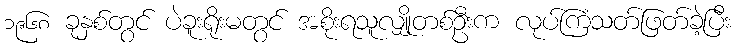
၁၉၆၈ ခုနှစ်တွင် ပဲခူးရိုးမတွင် အစိုးရသူလျှိုတစ်ဦးက လုပ်ကြံသတ်ဖြတ်ခဲ့ပြီး